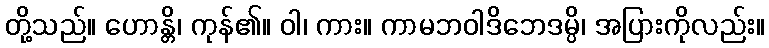
တို့သည်။ ဟောန္တိ၊ ကုန်၏။ ဝါ၊ ကား။ ကာမဘဝါဒိဘေဒမ္ပိ၊ အပြားကိုလည်း။